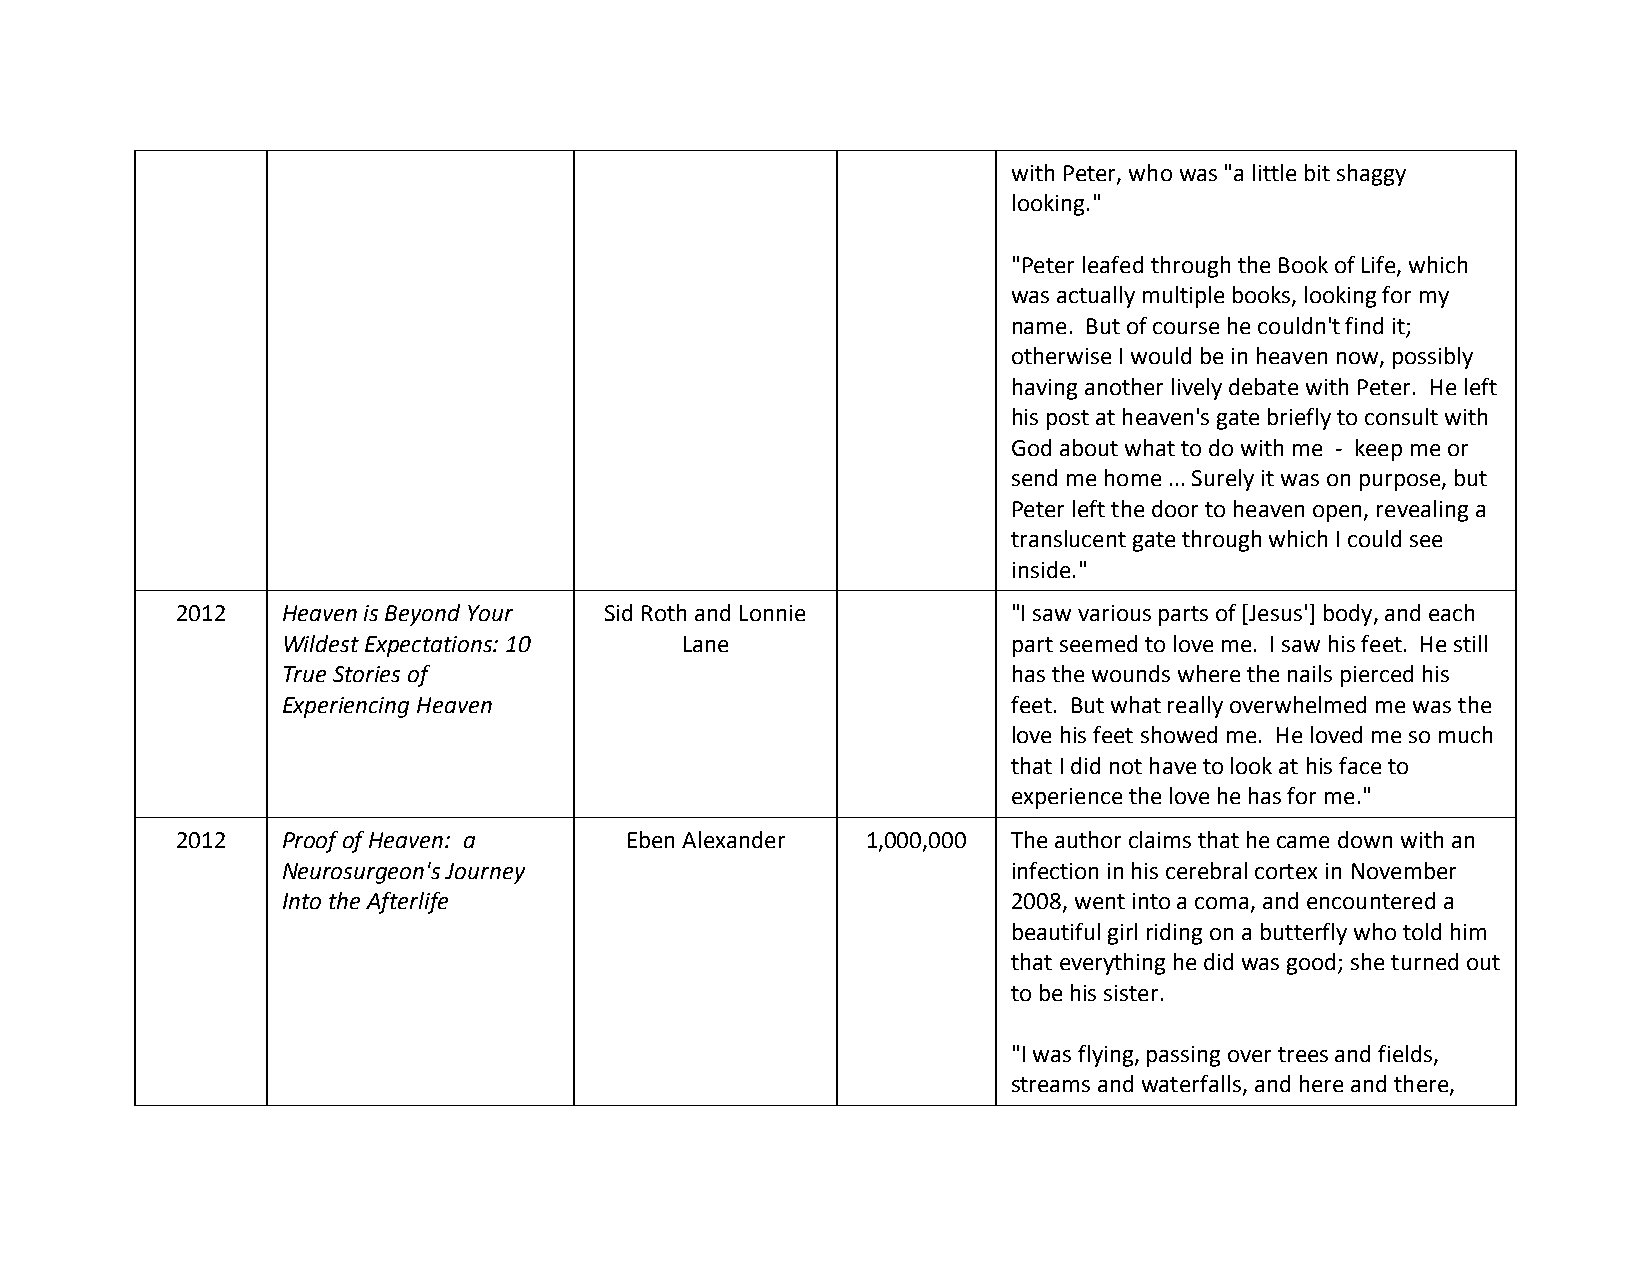
with Peter, who was "a little bit shaggy
 looking."
 "Peter leafed through the Book of Life, which
 was actually multiple books, looking for my
 name. But of course he couldn't find it;
 otherwise I would be in heaven now, possibly
 having another lively debate with Peter. He left
 his post at heaven's gate briefly to consult with
 God about what to do with me - keep me or
 send me home ... Surely it was on purpose, but
 Peter left the door to heaven open, revealing a
 translucent gate through which I could see
 inside."
 2012   Heaven is Beyond Your Sid Roth and Lonnie       "I saw various parts of [Jesus'] body, and each
 Wildest Expectations: 10  Lane                  part seemed to love me. I saw his feet. He still
 True Stories of                                 has the wounds where the nails pierced his
 Experiencing Heaven                             feet. But what really overwhelmed me was the
 love his feet showed me. He loved me so much
 that I did not have to look at his face to
 experience the love he has for me."
 2012   Proof of Heaven: a    Eben Alexander  1,000,000 The author claims that he came down with an
 Neurosurgeon's Journey                          infection in his cerebral cortex in November
 Into the Afterlife                              2008, went into a coma, and encountered a
 beautiful girl riding on a butterfly who told him
 that everything he did was good; she turned out
 to be his sister.
 "I was flying, passing over trees and fields,
 streams and waterfalls, and here and there,